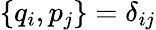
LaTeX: \{ q_{i},p_{j}\} =\delta_{ij}